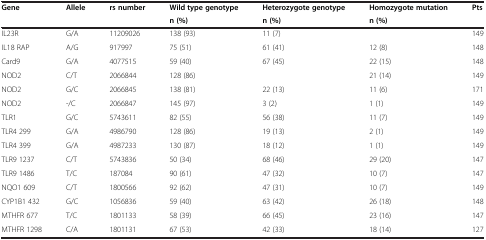
| Gene | Allele | rs number | Wild type genotype | Heterozygote genotype | Homozygote mutation | Pts |
 |  |  |  | n (%) | n (%) | n (%) |  |
 | --- | --- | --- | --- | --- | --- | --- |
 | IL23R | G/A | 11209026 | 138 (93) | 11 (7) |  | 149 |
 | IL18 RAP | A/G | 917997 | 75 (51) | 61 (41) | 12 (8) | 148 |
 | Card9 | G/A | 4077515 | 59 (40) | 67 (45) | 22 (15) | 148 |
 | NOD2 | C/T | 2066844 | 128 (86) |  | 21 (14) | 149 |
 | NOD2 | G/C | 2066845 | 138 (81) | 22 (13) | 11 (6) | 171 |
 | NOD2 | -/C | 2066847 | 145 (97) | 3 (2) | 1 (1) | 149 |
 | TLR1 | G/C | 5743611 | 82 (55) | 56 (38) | 11 (7) | 149 |
 | TLR4 299 | G/A | 4986790 | 128 (86) | 19 (13) | 2 (1) | 149 |
 | TLR4 399 | G/A | 4987233 | 130 (87) | 18 (12) | 1 (1) | 149 |
 | TLR9 1237 | C/T | 5743836 | 50 (34) | 68 (46) | 29 (20) | 147 |
 | TLR9 1486 | T/C | 187084 | 90 (61) | 47 (32) | 10 (7) | 147 |
 | NQO1 609 | C/T | 1800566 | 92 (62) | 47 (31) | 10 (7) | 149 |
 | CYP1B1 432 | G/C | 1056836 | 59 (40) | 63 (42) | 26 (18) | 148 |
 | MTHFR 677 | T/C | 1801133 | 58 (39) | 66 (45) | 23 (16) | 147 |
 | MTHFR 1298 | C/A | 1801131 | 67 (53) | 42 (33) | 18 (14) | 127 |